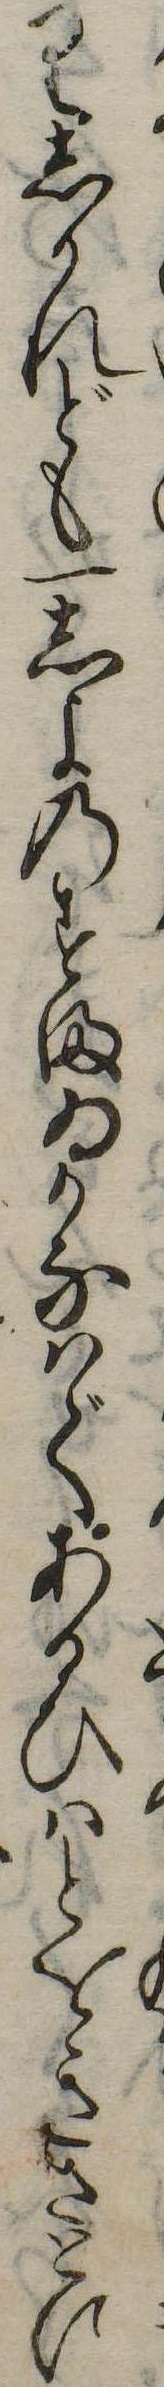
りしかれども一しよのすまゐかなはであるひはとをきさとに